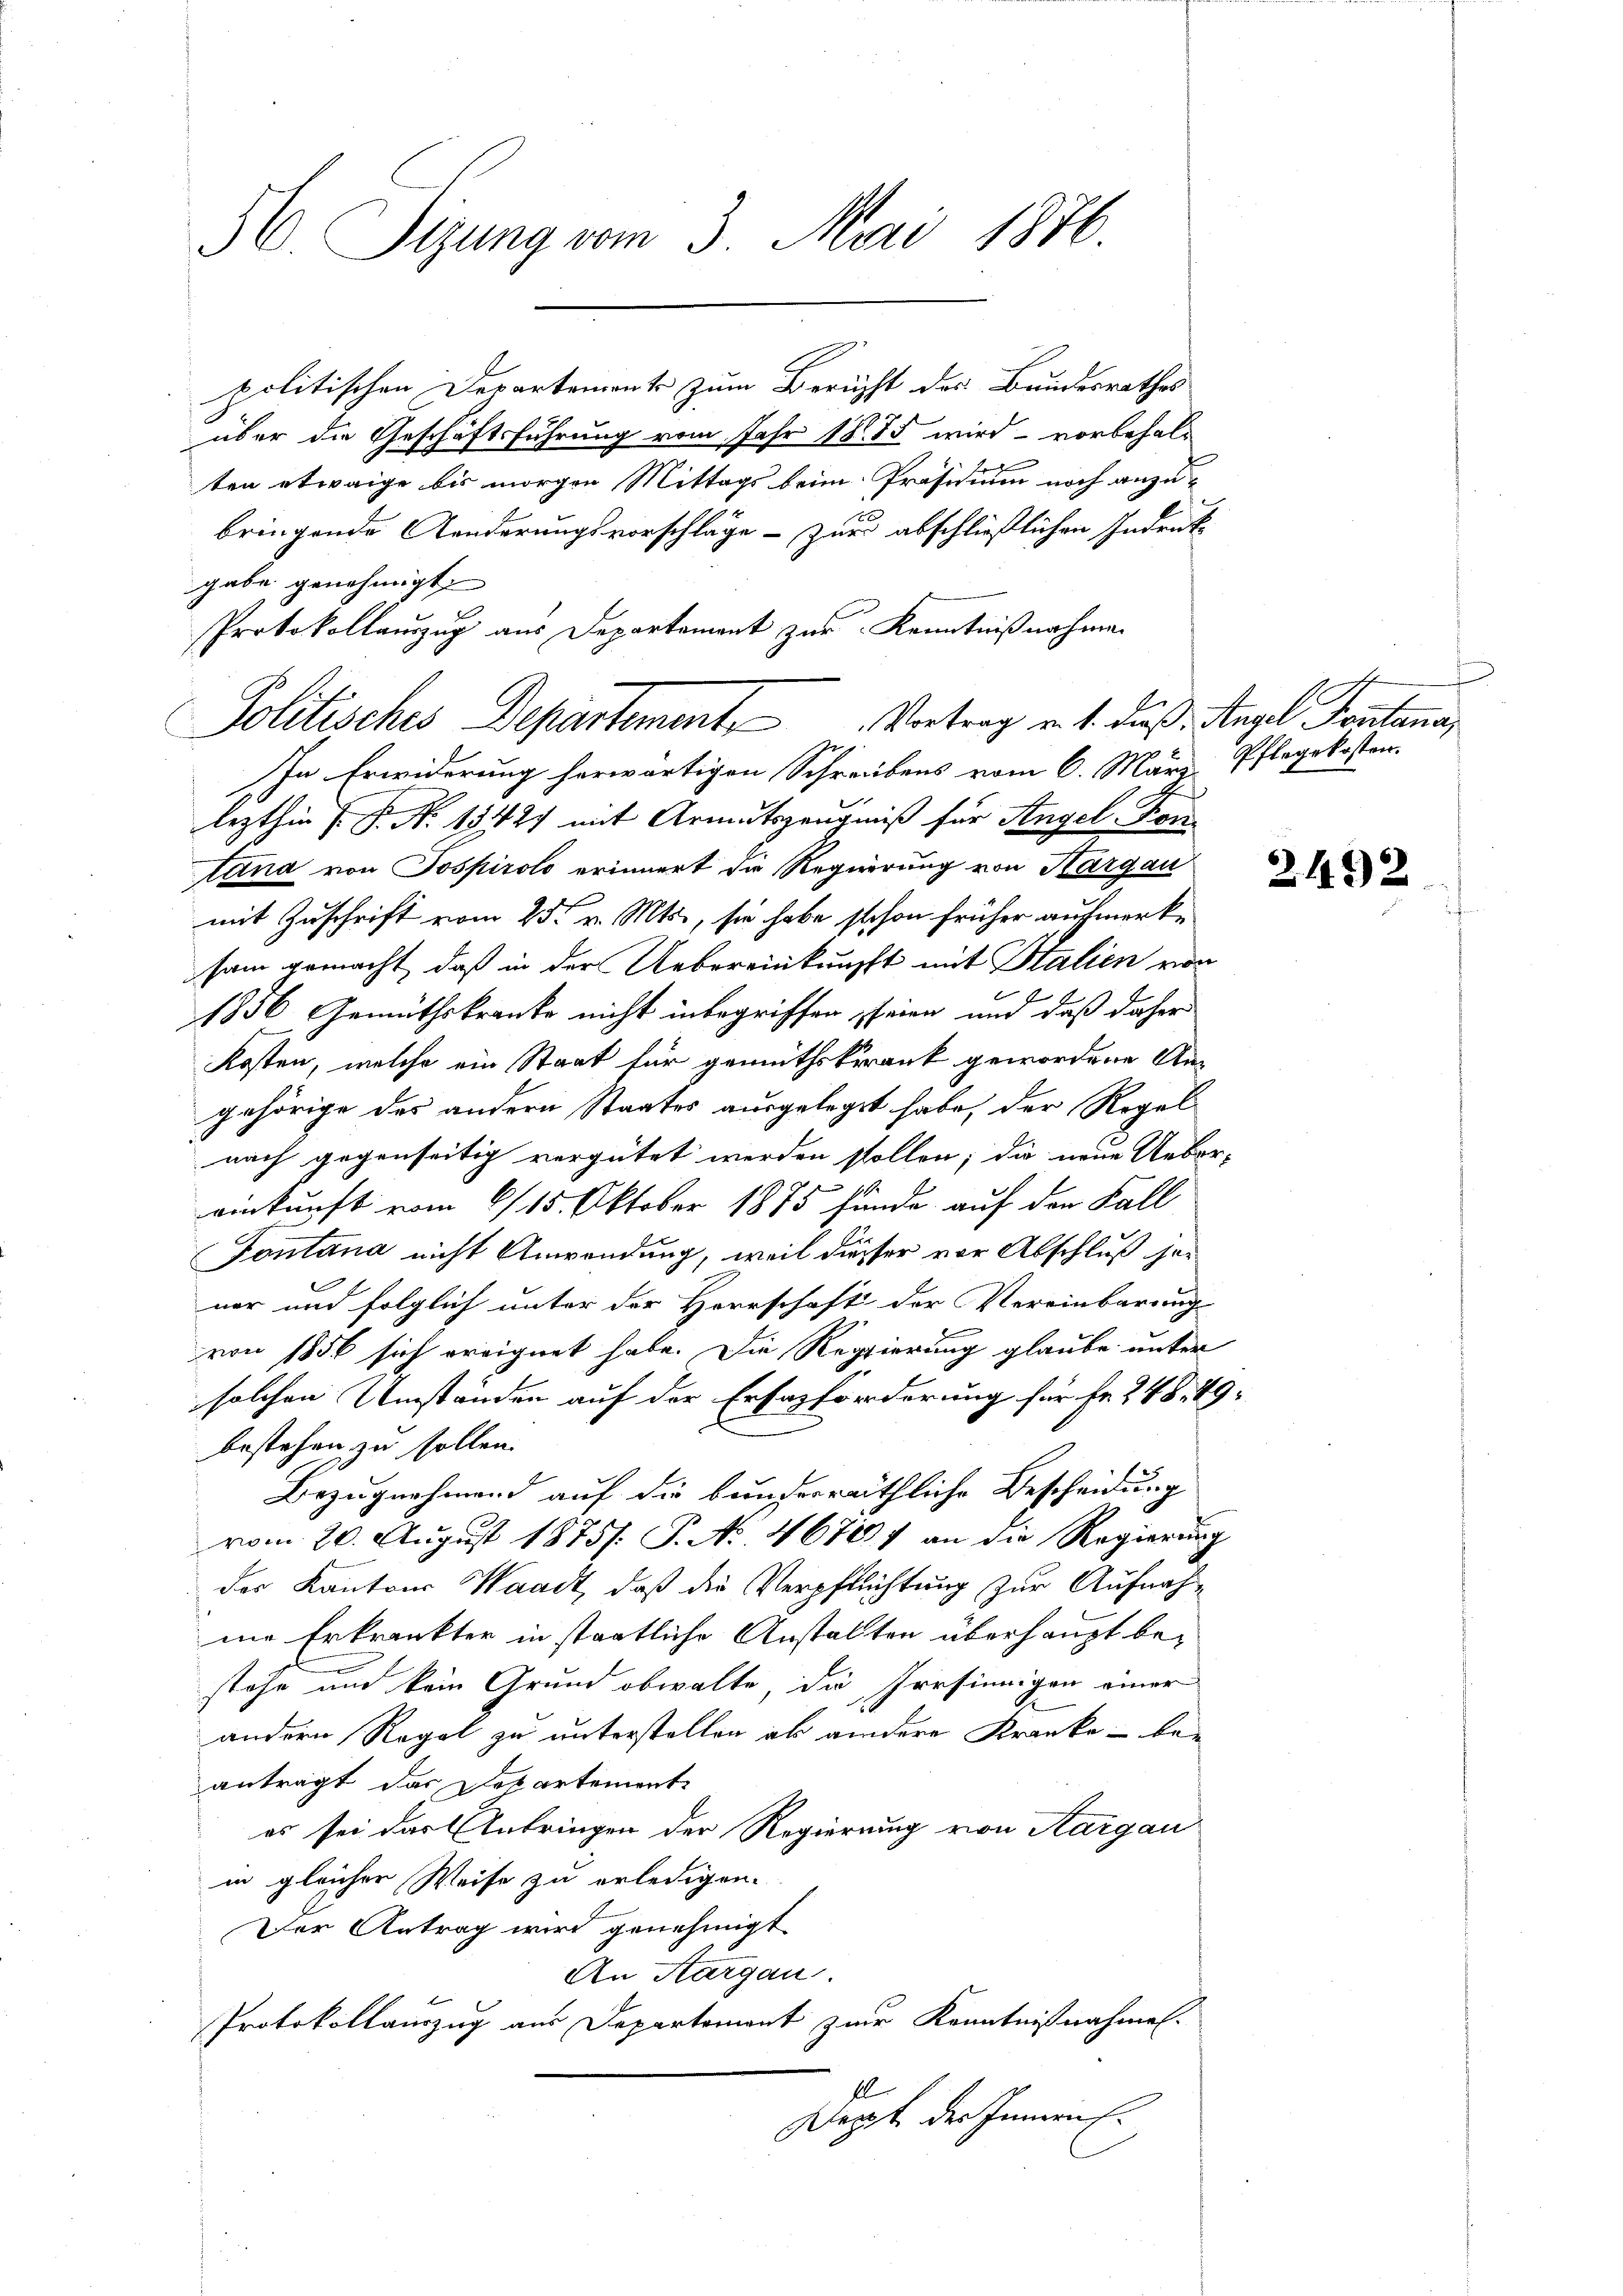
H. Sitzung vom 3. Mai 1876.

politischen Departements zum Berücht des Bundesrathes
über die Geschäftsführung vom Jahr 1885 wird vorbehalten etwaige bis morgen Mittags beim Präsidium noch anzubringende Aenderungsvorschläge zur abschließlichen Indrucke
gabe genehmigt.
lezthin 1 S. N. 1542 mit Armutszeugniß für Angel, Kontana von Jospirolo erinnert die Regierung von Hargau
mit Zuschrift vom 25. v. Mts., sie habe schon früher aufmerke
sam gemacht, daß in der Uebereinknüpft mit Stalien von
1856 Gemüthskranke nicht inbegriffen seien und daß daher
Kosten, welche ein Staat für gemüthskrank gewordene Angehörige des andern Staates ausgelegt habe, der Regelnach gegenseitig vergütet werden sollen; die neue Ueber-
1
einkunft vom 6/15. Oktober 1875 hande auf den Fall
Fontana nicht Anwendung, weil diesser vor Abschluß jener und folglich unter der Herrschaft der Vereinbarung
von 1856 sich ereignet habe. Die Regierung glaube unter
solchen Umständen auf der Erfasförderung für Fr. 248. 49.
bestehen zu sollen.
Bezugnahmend auf die bunderräthliche Bescheidung
vom 20. August 1875. P. No 46787 an die Regierung
der Kantons Waadt, daß die Verpflichtung zur Aufnahme Erkränkter in staatliche Anstalten überhaupt bestehe und kein Grund obwalte, die Irrsinnigen einer
andern Regel zu unterstellen ab andere Kranke - be-
anträgt das Departement
es sei das Anbringen der Regierung von Aargau
in gleicher Weise zu erledigen.
Der Antrag wird genehmigt
An Aargau.
Protokollauszug aus Departement zur Kenntnißnahmen.
Kopf der Innern E.

Protokollauszug aus Departement zur Kenntnißnahmen
Politisches Departement, Vertrag v. 1. dieß. Angel Fontana,
In Erwiderung herwärtigen Schreibens vom 6. März

Pflegekosten.

2432